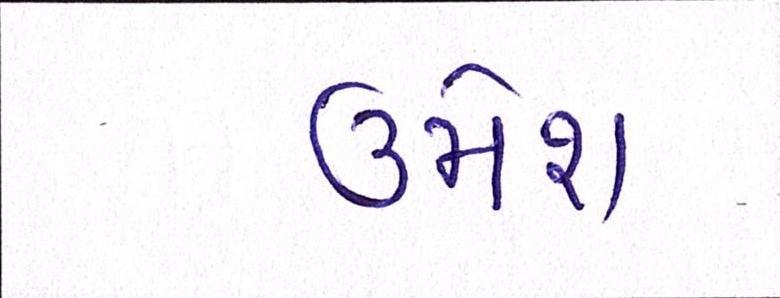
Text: ઉમેશ